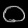
Digit: ၀